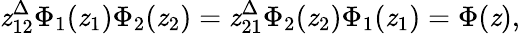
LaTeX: \mathit{z}_{12}^{\Delta}{\Phi_{1}(\mathit{z}_{1})}{\Phi_{2}(\mathit{z}_{2})}=\mathit{z}_{21}^{\Delta}{\Phi_{2}(\mathit{z}_{2})}{\Phi_{1}(\mathit{z}_{1})}=\Phi(\mathit{z}),